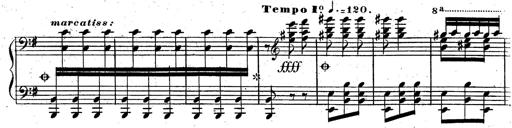
Title: Rondeau fantastique sur un thÃ¨me espagnol
Composer: Franz Liszt